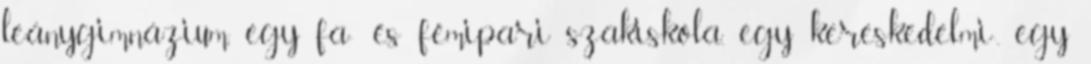
leánygimnázium, egy fa- és fémipari szakiskola, egy kereskedelmi-, egy